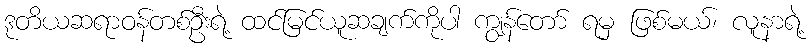
ဒုတိယဆရာဝန်တစ်ဦးရဲ့ ထင်မြင်ယူဆချက်ကိုပါ ကျွန်တော် ရမှ ဖြစ်မယ်၊ လူနာရဲ့